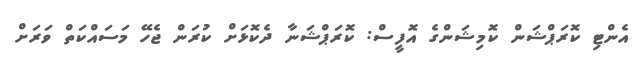
އެންޓި ކޮރަޕްޝަން ކޮމިޝަންގެ އޮފީސް: ކޮރަޕްޝަނާ ދެކޮޅަށް ކުރަން ޖެހޭ މަސައްކަތް ވަރަށް